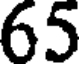
65